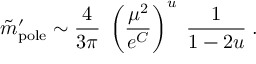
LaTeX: \tilde { m } _ { \mathrm { p o l e } } ^ { \prime } \sim { \frac { 4 } { 3 \pi } } \; \left( { \frac { \mu ^ { 2 } } { e ^ { C } } } \right) ^ { u } \; { \frac { 1 } { 1 - 2 u } } \; .